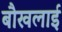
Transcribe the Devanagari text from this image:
बौखलाई